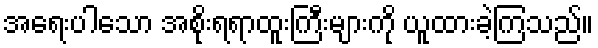
အရေးပါသော အစိုးရရာထူးကြီးများကို ယူထားခဲ့ကြသည်။